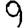
Digit: 9